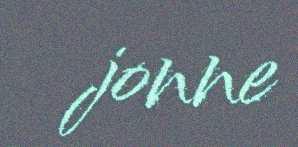
jonne